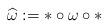
LaTeX: \begin{align*}\widehat{\omega}:=\ast\circ \omega\circ \ast\end{align*}